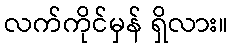
လက်ကိုင်မှန် ရှိလား။